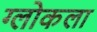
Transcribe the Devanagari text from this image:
ग्लोकला